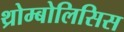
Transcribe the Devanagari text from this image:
थ्रोम्बोलिसिस